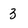
Character: 3